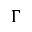
\Gamma